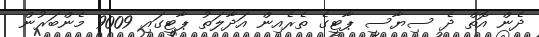
ދެން އޮތް ދެ ސިޔާސީ ޕާޓީގެ ތެރެއިން އަދާލަތު ޕާޓީގައި 9009 މެންބަރުން